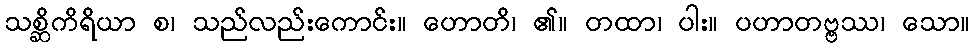
သစ္ဆိကိရိယာ စ၊ သည်လည်းကောင်း။ ဟောတိ၊ ၏။ တထာ၊ ပါး။ ပဟာတဗ္ဗဿ၊ သော။